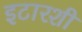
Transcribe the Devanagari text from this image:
इटारशी